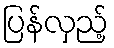
ပြန်လှည့်